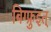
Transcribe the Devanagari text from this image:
बिग्फ्रुइत्